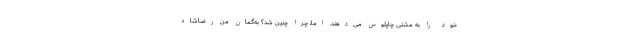
خود را به مُشتی چاپلوس می‌دهند. اما، چرا چنین شد؟ به‌گمان من رضاشاه